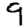
Digit: 9